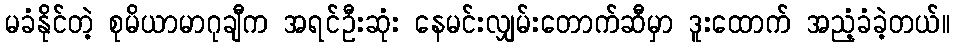
မခံနိုင်တဲ့ စုမိယာမာဂုချီက အရင်ဦးဆုံး နေမင်းလျှမ်းတောက်ဆီမှာ ဒူးထောက် အညံ့ခံခဲ့တယ်။